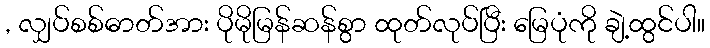
, လျှပ်စစ်ဓာတ်အား ပိုမိုမြန်ဆန်စွာ ထုတ်လုပ်ပြီး မြေပုံကို ချဲ့ထွင်ပါ။